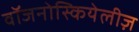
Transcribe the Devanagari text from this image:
वॉजनोस्कियेलीज़